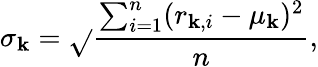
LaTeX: \sigma_{\mathbf{k}}=\sqrt{}{{\frac{{{\sum_{i=1}^{n}(r_{\mathbf{k},i}-\mu_{\mathbf{k}})^{2}}}}{{n}}}},